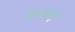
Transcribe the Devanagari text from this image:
बन्नने